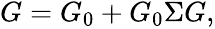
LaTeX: \begin{array}{r}{G=G_{0}+G_{0}\Sigma G,}\end{array}